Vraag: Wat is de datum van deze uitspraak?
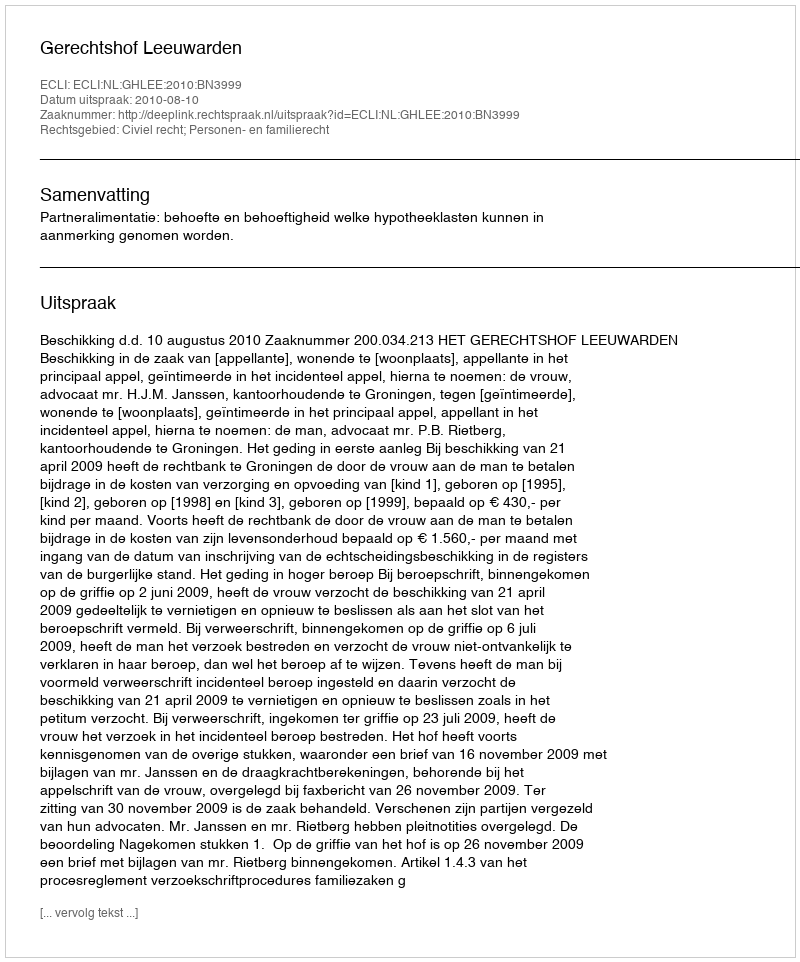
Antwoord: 2010-08-10